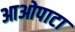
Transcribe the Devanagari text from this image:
आओपाटा